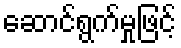
ဆောင်ရွက်မှုဖြင့်